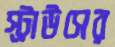
স্ট্রাউসের